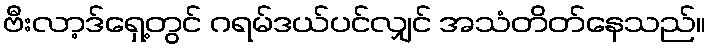
ဗီးလာ့ဒ်ရှေ့တွင် ဂရမ်ဒယ်ပင်လျှင် အသံတိတ်နေသည်။